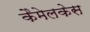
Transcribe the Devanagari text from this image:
कैमेलकेस